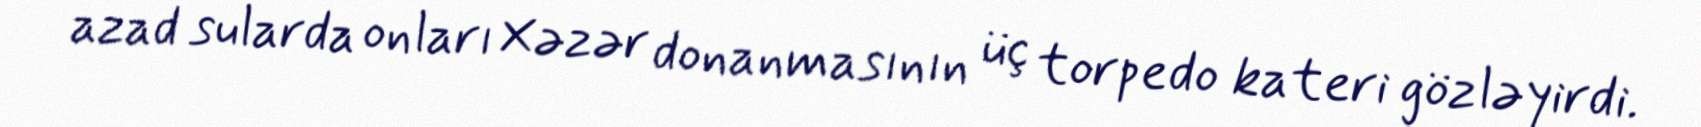
azad sularda onları Xəzər donanmasının üç torpedo kateri gözləyirdi.